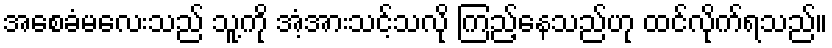
အစေခံမလေးသည် သူ့ကို အံ့အားသင့်သလို ကြည့်နေသည်ဟု ထင်လိုက်ရသည်။